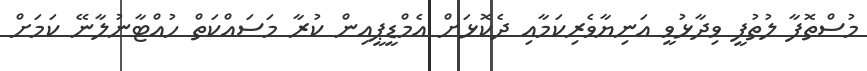
މުސްތޮފާ ލުތުފީ ވިދާޅުވީ އަނިޔާވެރިކަމާއި ދެކޮޅަށް އެމްޑީޕީއިން ކުރާ މަސައްކަތް ހުއްޓާނުލާނޭ ކަމަށް